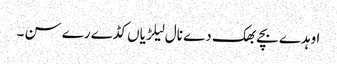
اوہدے بچے بھک دے نال لیلڑیاں کڈے رے سن ۔